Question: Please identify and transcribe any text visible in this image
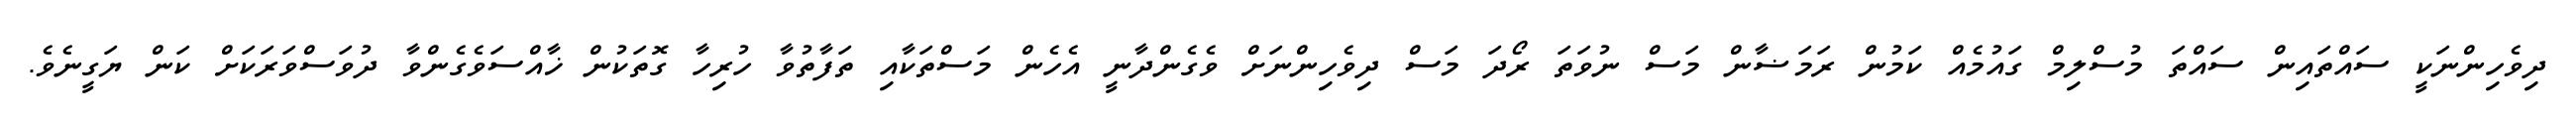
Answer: ދިވެހިންނަކީ ސައްތައިން ސައްތަ މުސްލިމް ގައުމެއް ކަމުން ރަމަޟާން މަސް ނުވަތަ ރޯދަ މަސް ދިވެހިންނަށް ވެގެންދާނީ އެހެން މަސްތަކާއި ތަފާތުވާ ހުރިހާ ގޮތަކުން ޚާއްސަވެގެންވާ ދުވަސްވަރަކަށް ކަން ޔަގީނެވެ.